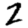
Digit: 2